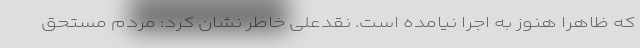
که ظاهرا هنوز به اجرا نیامده است. نقدعلی خاطر نشان کرد: مردم مستحق